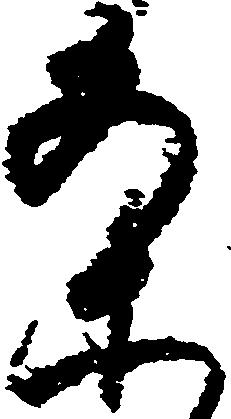
案